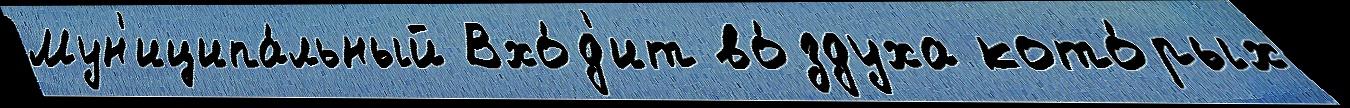
Мун'иципа́льный Вхо́д'ит во́здуха кото́рых